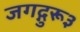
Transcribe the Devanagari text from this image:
जगद्गुरू३